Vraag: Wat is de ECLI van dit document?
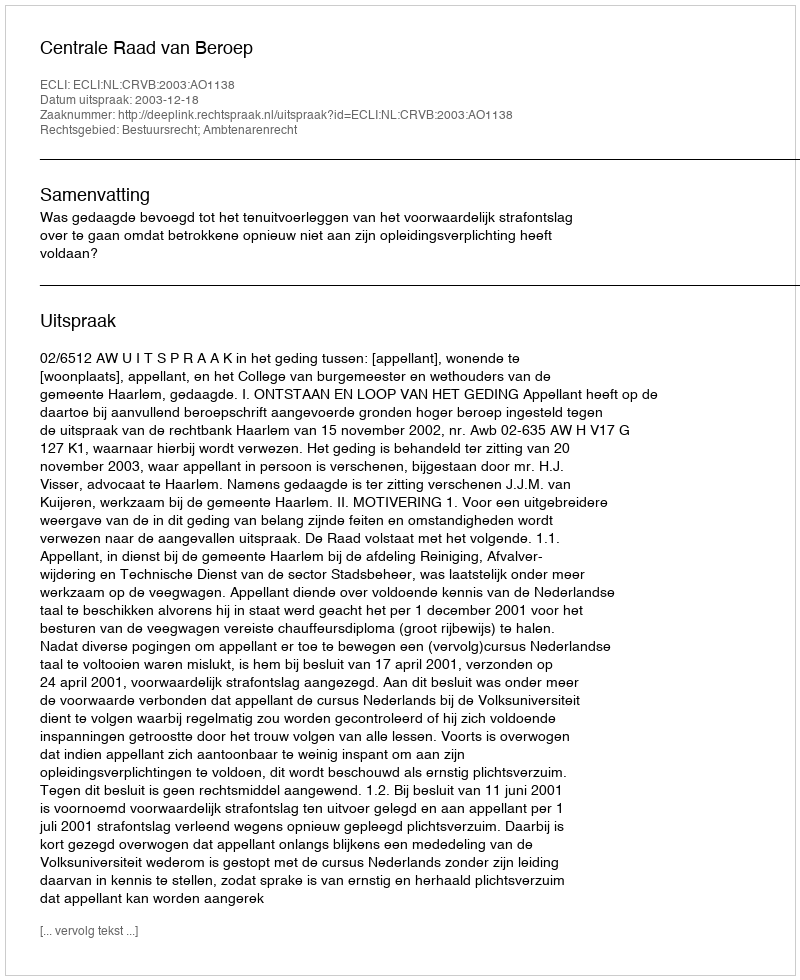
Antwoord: ECLI:NL:CRVB:2003:AO1138